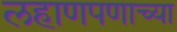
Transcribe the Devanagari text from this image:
लहाणपणाच्या